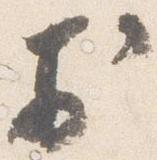
於